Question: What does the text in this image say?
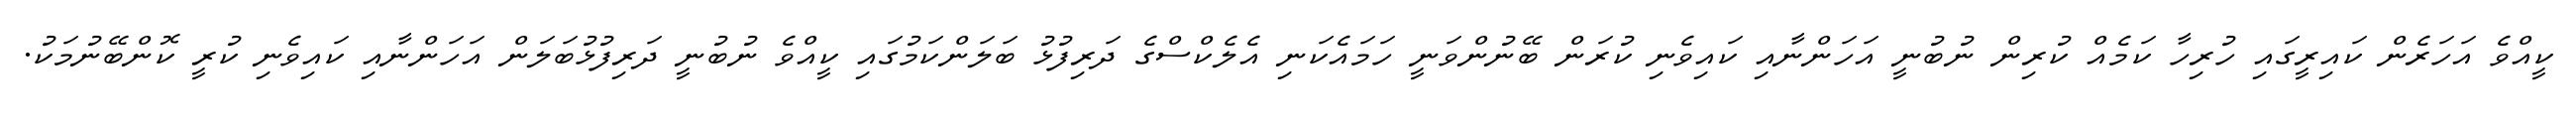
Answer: ކީއްވެ އަހަރެން ކައިރީގައި ހުރިހާ ކަމެއް ކުރިން ނުބުނީ އަހަންނާއި ކައިވެނި ކުރަން ބޭނުންވަނީ ހަމައެކަނި އެލެކްސްގެ ދަރިފުޅު ބަލަންކަމުގައި ކީއްވެ ނުބުނީ ދަރިފުޅުބަލަން އަހަންނާއި ކައިވެނި ކުރީ ކޮންބޭނުމަކު.